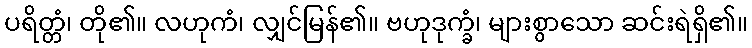
ပရိတ္တံ၊ တို၏။ လဟုကံ၊ လျှင်မြန်၏။ ဗဟုဒုက္ခံ၊ များစွာသော ဆင်းရဲရှိ၏။